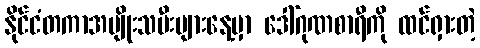
နိုင်ငံတကာအမျိုးသမီးများနေ့မှာ ဒေါ်ဂုဏစာရီကို ထင်ရှားတဲ့